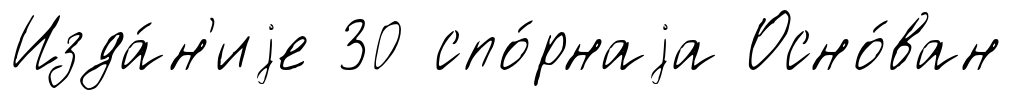
Изда́н'иjе 30 спо́рнаjа Осно́ван